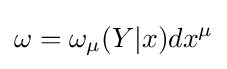
\omega =\omega _{\mu }(Y|x)dx^{\mu }